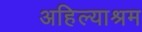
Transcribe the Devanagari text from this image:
अहिल्याश्रम